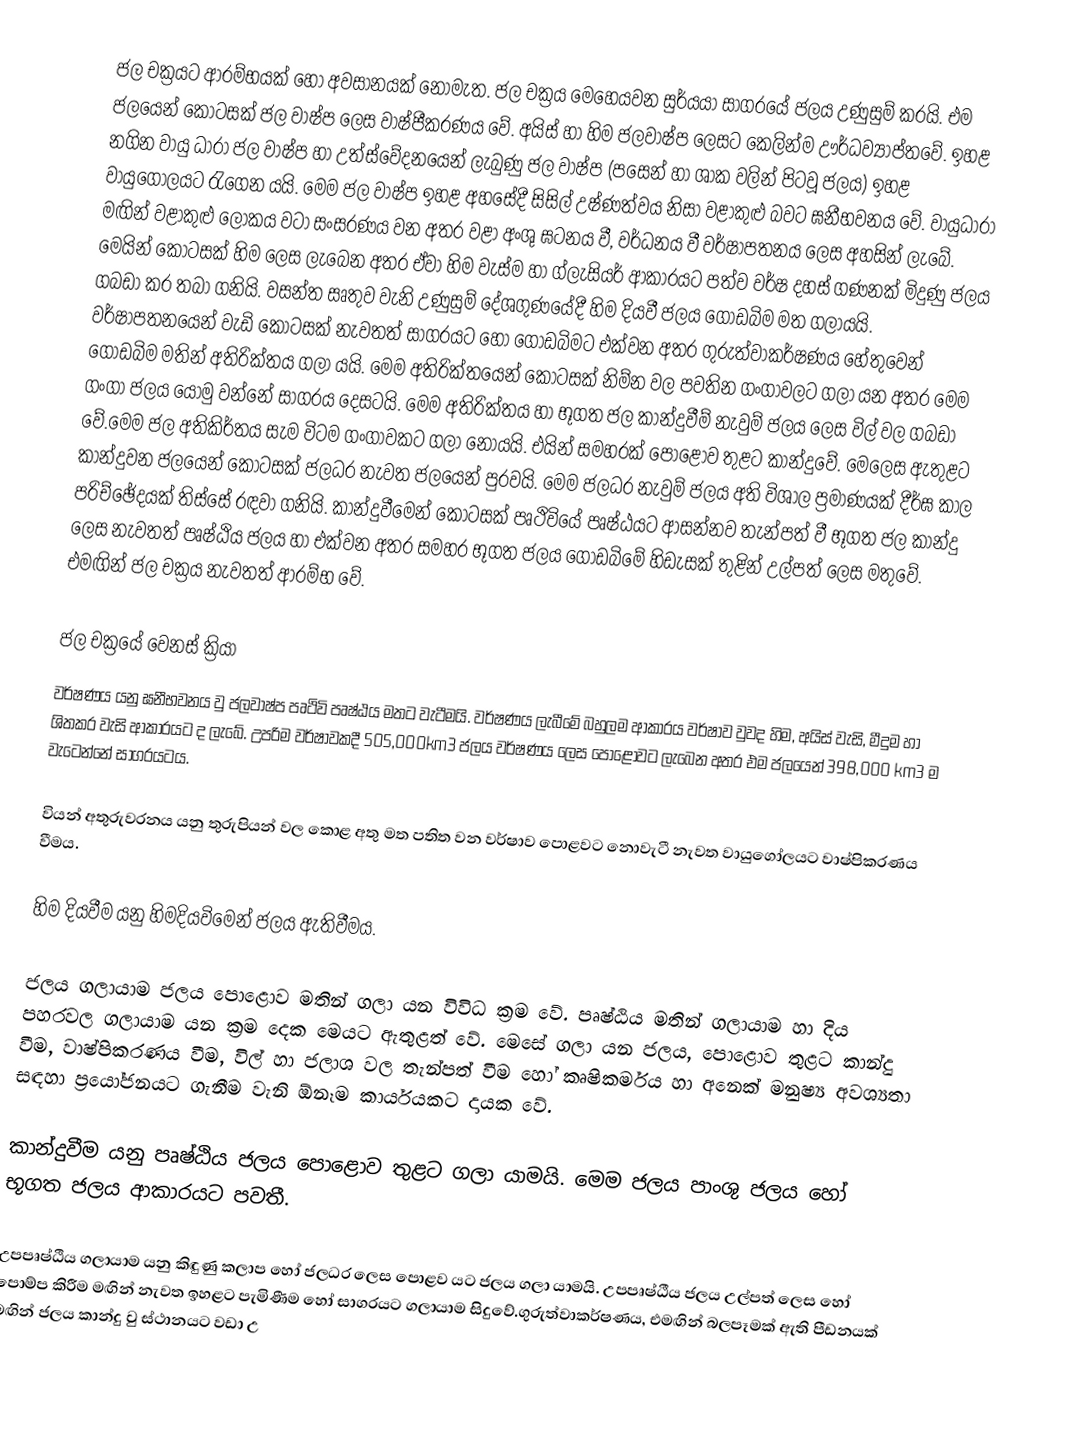
ජල චක්‍රයට ආරම්භයක් හෝ අවසානයක් නොමැත. ජල චක්‍රය  මෙහෙයවන සුර්යයා සාගරයේ ජලය උණුසුම් කරයි. එම ජලයෙන් කොටසක් ජල වාෂ්ප ලෙස වාෂ්පීකරණය වේ. අයිස් හා හිම ජලවාෂ්ප ලෙසට කෙලින්ම ඌර්ධව්‍යාප්තවේ. ඉහළ නගින වායු ධාරා ජල වාෂ්ප හා උත්ස්වේදනයෙන් ලැබුණු ජල වාෂ්ප (පසෙන් හා ශාක වලින් පිටවූ ජලය) ඉහළ වායුගෝලයට රැගෙන යයි.  මෙම ජල වාෂ්ප ඉහළ අහසේදී සිසිල් උෂ්ණත්වය නිසා වළාකුළු බවට ඝනීභවනය වේ. වායුධාරා මඟින් වළාකුළු ලෝකය වටා සංසරණය වන අතර වළා අංශු ඝටනය වී, වර්ධනය වී වර්ෂාපතනය ලෙස අහසින් ලැබේ. මෙයින් කොටසක් හිම ලෙස ලැබෙන අතර ඒවා හිම වැස්ම හා ග්ලැසියර් ආකාරයට පත්ව වර්ෂ දහස් ගණනක් මිදුණු ජලය ගබඩා කර තබා ගනියි. වසන්ත සෘතුව වැනි උණුසුම් දේශගුණයේදී හිම දියවී ජලය ගොඩබිම මත ගලායයි. වර්ෂාපතනයෙන් වැඩි කොටසක් නැවතත් සාගරයට හෝ ගොඩබිමට එක්වන අතර ගුරුත්වාකර්ෂණය හේතුවෙන් ගොඩබිම මතින් අතිරික්තය ගලා යයි. මෙම අතිරික්තයෙන් කොටසක් නිම්න වල පවතින ගංගාවලට ගලා යන අතර මෙම ගංගා ජලය යොමු වන්නේ සාගරය දෙසටයි. මෙම අතිරික්තය හා භූගත ජල කාන්දුවීම් නැවුම් ජලය ලෙස විල් වල ගබඩා වේ.මෙම ජල අතිකිර්තය සැම විටම ගංගාවකට ගලා නොයයි. එයින් සමහරක් පොළොව තුළට කාන්දුවේ. මෙලෙස ඇතුළට කාන්දුවන ජලයෙන් කොටසක් ජලධර නැවත ජලයෙන් පුරවයි. මෙම ජලධර නැවුම් ජලය අති විශාල ප්‍රමාණයක් දීර්ඝ කාල පරිච්ඡේදයක් තිස්සේ රඳවා ගනියි. කාන්දුවීමෙන් කොටසක් පෘථිවියේ පෘෂ්ඨයට ආසන්නව තැන්පත් වී භූගත ජල කාන්දු ලෙස නැවතත් පෘෂ්ඨිය ජලය හා එක්වන අතර සමහර භූගත ජලය ගොඩබිමේ හිඩැසක් තුළින් උල්පත් ලෙස මතුවේ. එමඟින් ජල චක්‍රය නැවතත් ආරම්භ වේ.

ජල චක්‍රයේ වෙනස් ක්‍රියා
වර්ෂණය  යනු ඝනීභවනය වු ජලවාෂ්ප පෘථිවි පෘෂ්ඨය මතට වැටීමයි. වර්ෂණය ලැබීමේ බහුලම ආකාරය වර්ෂාව වුවද හිම, අයිස් වැසි, මීදුම හා ශිතකර වැසි ආකාරයට ද ලැබේ. උපරිම වර්ෂාවකදී 505,000km3  ජලය වර්ෂණය ලෙස පොළොවට ලැබෙන අතර එම ජලයෙන් 398,000 km3 ම වැටෙන්නේ සාගරයටය.

වියන් අතුරුවරනය යනු තුරුපියන් වල කොළ අතු මත පතිත වන වර්ෂාව පොළවට නොවැටී නැවත වායුගෝලයට වාෂ්පිකරණය වීමය.

හිම දියවීම යනු හිමදියවිමෙන් ජලය ඇතිවීමය.

ජලය ගලායාම ජලය පොළොව මතින් ගලා යන විවිධ ක්‍රම වේ. පෘෂ්ඨිය මතින් ගලායාම හා දිය පහරවල ගලායාම යන ක්‍රම දෙක මෙයට ඇතුළත් වේ. මෙසේ ගලා යන ජලය, පොළොව තුළට කාන්දු වීම, වාෂ්පිකරණය වීම, විල් හා ජලාශ වල තැන්පත් වීම හෝ කෘෂිකර්මය හා අනෙක් මනුෂ්‍ය අවශ්‍යතා සඳහා ප්‍රයෝජනයට ගැනීම වැනි ඕනෑම කාර්යයකට දායක වේ.

කාන්දුවීම යනු පෘෂ්ඨිය ජලය පොළොව තුළට ගලා යාමයි. මෙම ජලය පාංශු ජලය හෝ භූගත ජලය ආකාරයට පවතී.

උපපෘෂ්ඨිය ගලායාම	යනු කිඳුණු කලාප හෝ ජලධර  ලෙස පොළව යට ජලය ගලා යාමයි. උපපෘෂ්ඨීය ජලය උල්පත් ලෙස හෝ පොම්ප කිරීම  මඟින් නැවත ඉහළට පැමිණීම හෝ සාගරයට ගලායාම සිදුවේ.ගුරුත්වාකර්ෂණය, එමඟින් බලපෑමක් ඇති පීඩනයක් මඟින් ජලය කාන්දු  වු ස්ථානයට වඩා උ